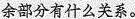
余部分有什么关系。